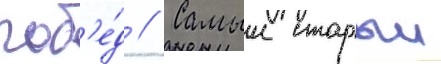
поб'е́д // Самыи старыи